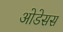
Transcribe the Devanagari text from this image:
ओडेसस